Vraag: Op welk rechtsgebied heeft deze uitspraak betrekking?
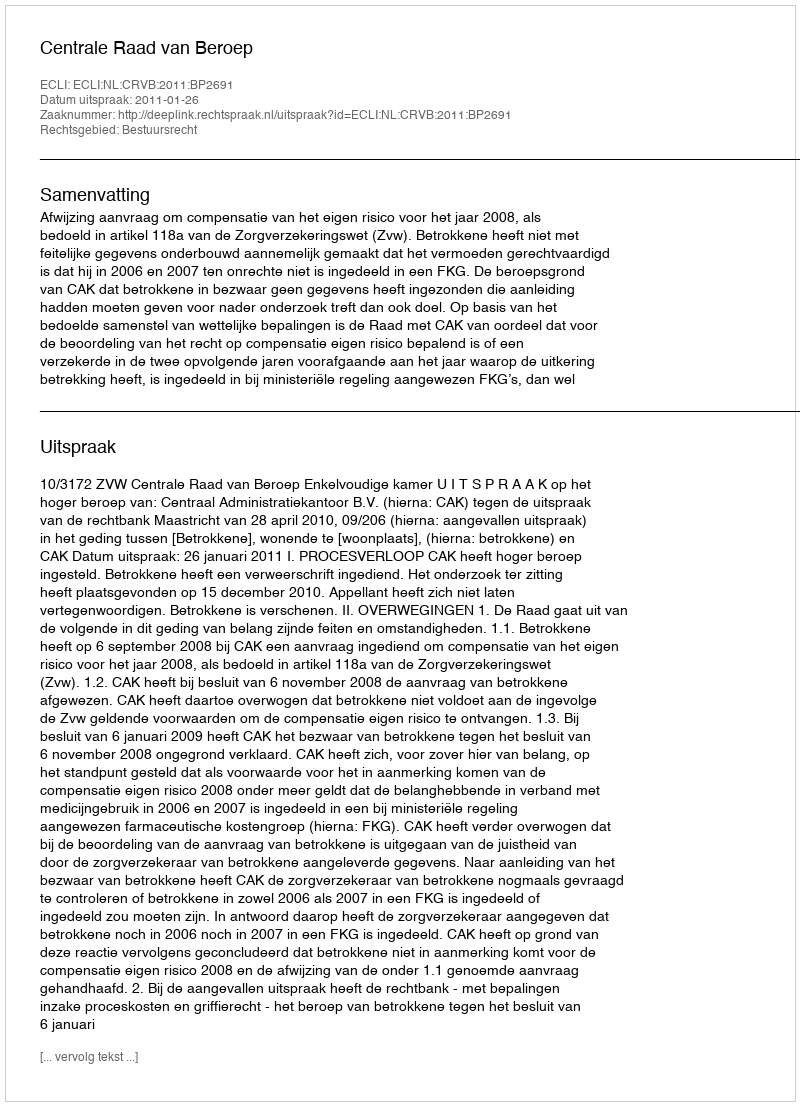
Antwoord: Bestuursrecht